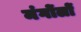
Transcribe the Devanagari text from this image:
मंगोंलों